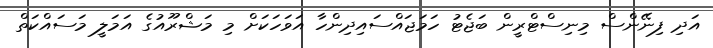
އަދި ފިނޭންސް މިނިސްޓްރީން ބަޖެޓު ހަމަޖައްސައިދިންހާ އަވަހަކަށް މި މަޝްރޫއުގެ އަމަލީ މަސައްކަތް